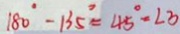
1 8 0 ^ { \circ } - 1 3 5 ^ { \circ } = 4 5 ^ { \circ } - \angle 3